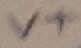
Text: V+